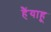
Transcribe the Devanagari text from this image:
हैंयाहू